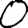
Digit: 0